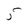
Character: 5